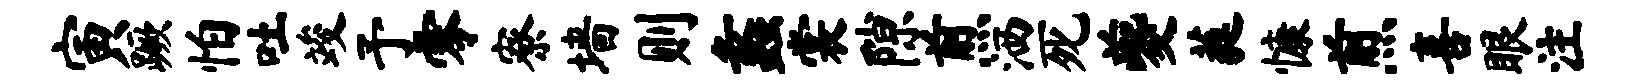
寅蹶怕吐竣予零寮墙则蠡裳隙煎洒死夔蕤慷煎喜眼注